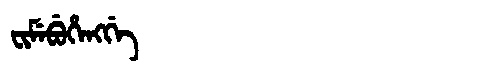
Manchu: ᠸᡳᠮᡝᠪᡠᡥᡝᠩᡤᡝ
Romanization: FIMEBUHENGGE